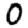
Digit: 0